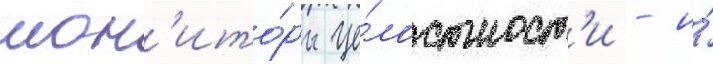
мон'ито́ры це́лостност'и - и́